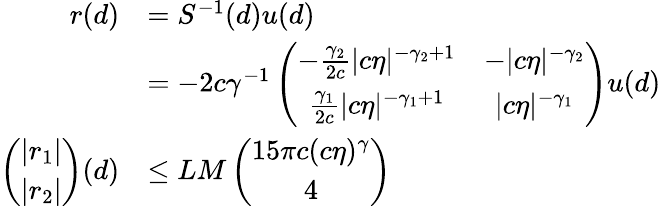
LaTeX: \begin{array}{rl}{r(d)}&{=S^{-1}(d)u(d)}\\ {\ }&{=-2c\gamma^{-1}\left(\begin{array}{cc}{-\frac{\gamma_{2}}{2c}\vert c\eta\vert^{-\gamma_{2}+1}}&{-\vert c\eta\vert^{-\gamma_{2}}}\\ {\frac{\gamma_{1}}{2c}\vert c\eta\vert^{-\gamma_{1}+1}}&{\vert c\eta\vert^{-\gamma_{1}}}\end{array}\right)u(d)}\\ {\left(\begin{array}{cc}{\vert r_{1}\vert}\\ {\vert r_{2}\vert}\end{array}\right)(d)}&{\le LM\left(\begin{array}{cc}{15\pi c(c\eta)^{\gamma}}\\ {4}\end{array}\right)}\end{array}